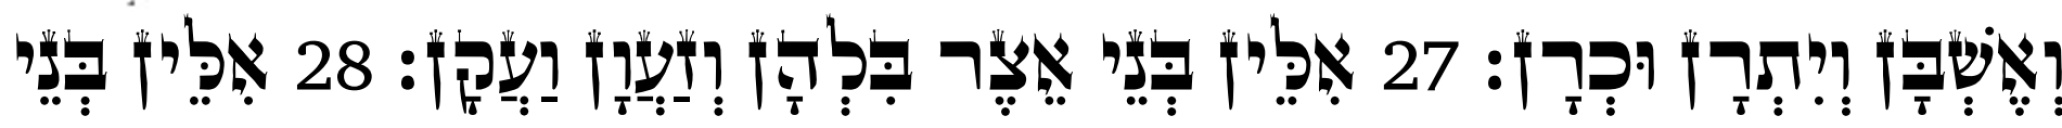
וְאֶשְׁבָּן וְיִתְרָן וּכְרָן׃ 27 אִלֵּין בְּנֵי אֵצֶר בִּלְהָן וְזַעֲוָן וַעֲקָן׃ 28 אִלֵּין בְּנֵי